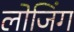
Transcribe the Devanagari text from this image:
लोजिंग